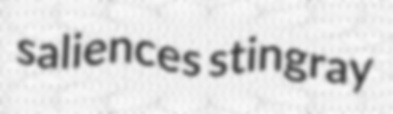
saliences stingray